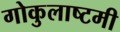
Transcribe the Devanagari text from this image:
गोकुलाष्टमी